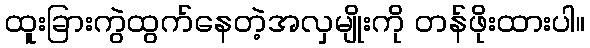
ထူးခြားကွဲထွက်နေတဲ့အလှမျိုးကို တန်ဖိုးထားပါ။